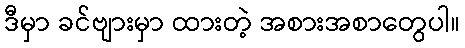
ဒီမှာ ခင်ဗျားမှာ ထားတဲ့ အစားအစာတွေပါ။